Burma Government Medical School reports 1923-41
Year: 1923
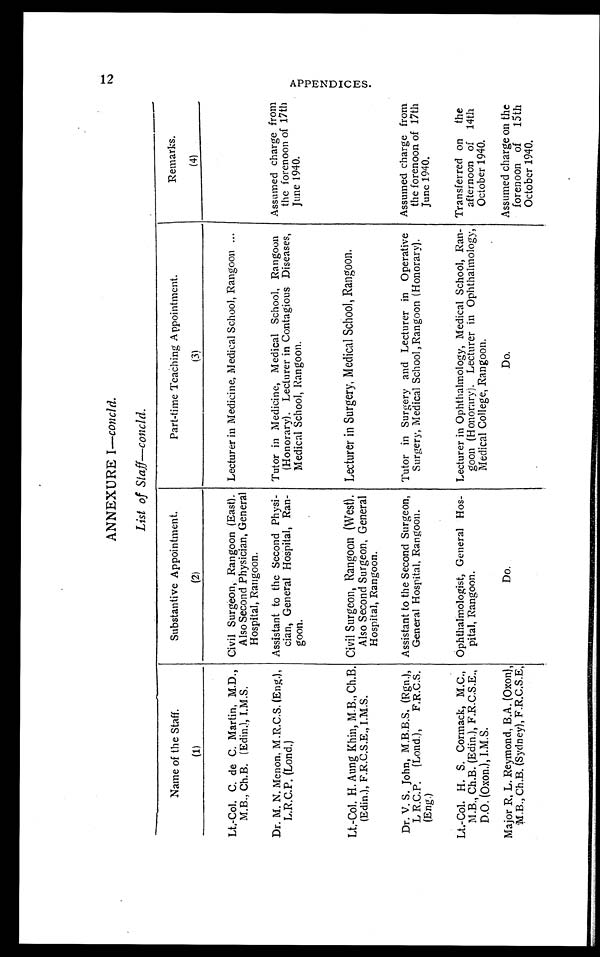
ANNEXURE I—concld.
List of Staff—concld.
Name of the Staff.
Substantive Appointment.
Part-time Teaching Appointment.
Remarks.
(1)
(2)
(3)
(4)
Lt.-Col. C. de C. Martin, M.D.,
M.B., Ch.B. (Edin.), I.M.S.
Civil Surgeon, Rangoon (East).
Also Second Physician, General
Hospital, Rangoon.
Lecturer in Medicine, Medical School, Rangoon
Dr. M. N. Menon, M.R.C.S. (Eng.),
L.R.C.P. (Lond.)
Assistant to the Second Physi-
cian, General Hospital, Ran-
goon.
Tutor in Medicine, Medical School, Rangoon
(Honorary). Lecturer in Contagious Diseases,
Medical School, Rangoon.
Assumed charge from
the forenoon of 17th
June 1940.
Lt.-Col. H. Aung Khin, M.B., Ch.B.
(Edin.), F.R.C.S.E., I.M.S.
Civil Surgeon, Rangoon (West).
Also Second Surgeon, General
Hospital, Rangoon.
Lecturer in Surgery, Medical School, Rangoon.
Dr. V. S. John, M.B.B.S, (Rgn.),
L R.C.P. (Lond.), F.R.C.S.
(Eng)
Assistant to the Second Surgeon,
General Hospital, Rangoon.
Tutor in Surgery and Lecturer in Operative
Surgery, Medical School , Rangoon (Honorary).
Assumed charge from
the forenoon of 17th
June 1940.
Lt.-Col. H. S. Cormack, M.C.,
M.B., Ch.B. (Edin.), F.R.C.S.E.,
D.O. (Oxon.), I.M.S.
Ophthalmologist, General Hos-
pital, Rangoon.
Lecturer in Ophthalmology, Medical School, Ran-
goon (Honorary). Lecturer in Ophthalmology,
Medical College, Rangoon.
Transferred on the
afternoon of 14th
October 1940.
Major R, L. Reymond, B.A. (Oxon),
M.B., Ch.B. (Sydney), F.R.C.S.E,
D o .
Do.
Assumed charge on the
forenoon of 15th
October 1940.